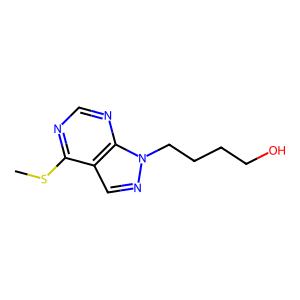
SMILES: CSc1ncnc2c1cnn2CCCCO
Inhibits HIV replication: No